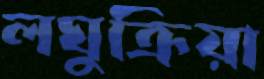
লঘুক্রিয়া